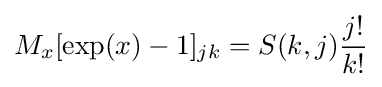
M_{x}[\exp(x)-1]_{jk}=S(k,j){\frac {j!}{k!}}